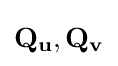
\mathbf {Q} _{\mathbf {u} },\mathbf {Q} _{\mathbf {v} }